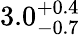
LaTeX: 3.0_{-0.7}^{+0.4}